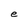
Character: e